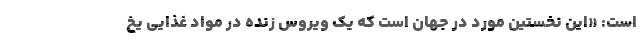
است: «این نخستین مورد در جهان است که یک ویروس زنده در مواد غذایی یخ